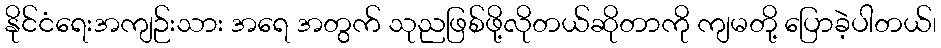
နိုင်ငံရေးအကျဉ်းသား အရေ အတွက် သုညဖြစ်ဖို့လိုတယ်ဆိုတာကို ကျမတို့ ပြောခဲ့ပါတယ်၊